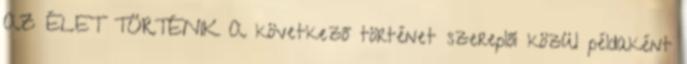
AZ ÉLET TÖRTÉNIK A következő történet szereplői közül példaként